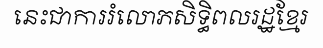
នេះជាការរំលោភសិទ្ធិពលរដ្ឋខ្មែរ